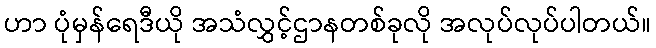
ဟာ ပုံမှန်ရေဒီယို အသံလွှင့်ဌာနတစ်ခုလို အလုပ်လုပ်ပါတယ်။